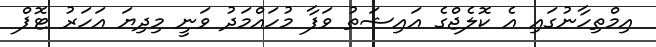
އިމްތިހާނުގައި އެ ކޮލެޖްގެ އައިޝަތު ވަފާ މުހައްމަދު ވަނީ މިދިޔަ އަހަރު ޓޮޕް